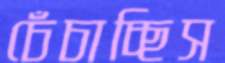
চেঁচাচ্ছিস